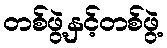
တစ်ဖွဲ့နှင့်တစ်ဖွဲ့